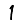
Digit: 1